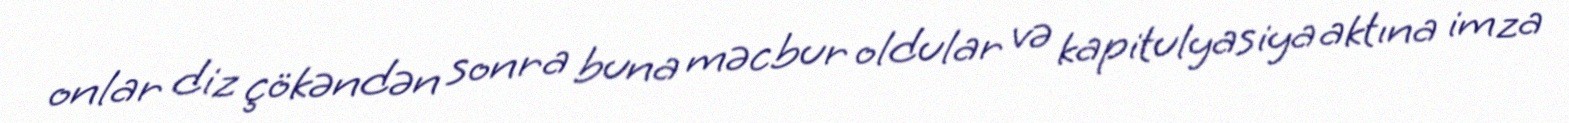
onlar diz çökəndən sonra buna məcbur oldular və kapitulyasiya aktına imza